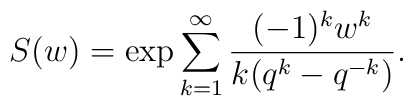
S(w) = \exp \sum^{\infty}_{k=1} \frac{(-1)^k w^k}{k(q^k - q^{-k})}.